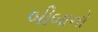
બીબાનો